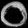
Digit: ၀